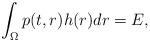
LaTeX: \begin{align*} \int_{\Omega}{p(t,r)}h(r)dr=E,\end{align*}